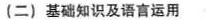
(二)基础知识及语言运用